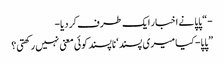
-“ پاپا نے اخبار ایک طرف کر دیا-
”پاپا- کیا میری پسند‘ ناپسند کوئی معنی نہیں رکھتی؟